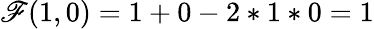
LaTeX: \mathscr{F}(1,0)=1+0-2*1*0=1